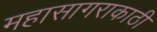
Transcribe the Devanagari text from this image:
महासागराकाठी